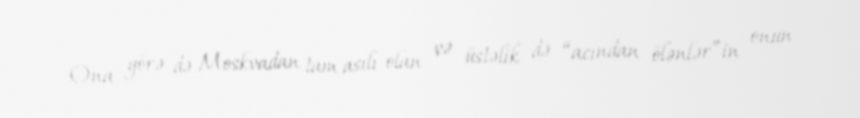
Ona görə də Moskvadan tam asılı olan və üstəlik də “acından ölənlər”in onun